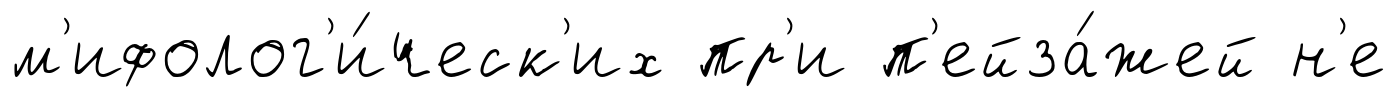
м'ифолог'и́ческ'их пр'и п'ейза́жей н'е